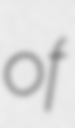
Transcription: of